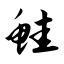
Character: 鲑